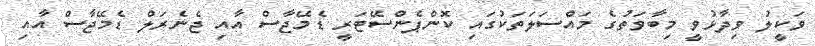
ވަކީލު ވިދާޅުވީ މިބާވަތުގެ މައްސަލަތަކުގައި ކޮންޕެންސޭޓަރީ ޑެމޭޖާސް އާއި ޖެނެރަލް ޑެމޭޖާސް އާއި